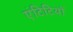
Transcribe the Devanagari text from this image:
एंटिटियों